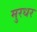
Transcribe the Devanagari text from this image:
मुरधर